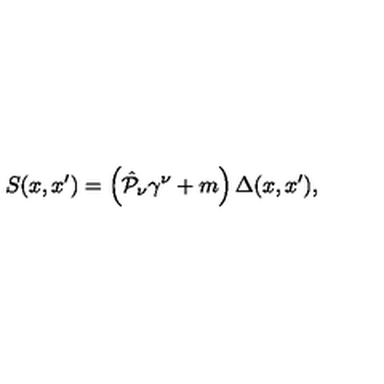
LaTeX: S ( x , x ^ { \prime } ) = \left( \hat { { \cal P } } _ { \nu } \gamma ^ { \nu } + m \right) \Delta ( x , x ^ { \prime } ) ,